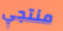
منتجي